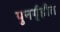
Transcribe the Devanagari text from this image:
पुनर्गृहीत